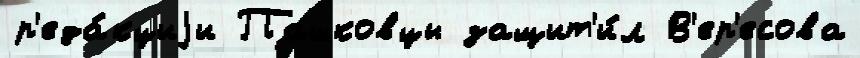
р'еда́кциjи Пашковцы защит'и́л В'ер'есова